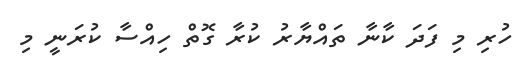
ހުރި މި ފަދަ ކާނާ ތައްޔާރު ކުރާ ގޮތް ހިއްސާ ކުރަނީ މި